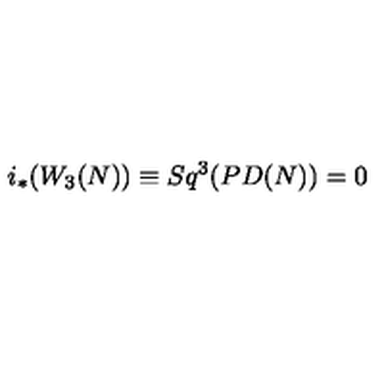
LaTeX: i _ { * } ( W _ { 3 } ( N ) ) \equiv S q ^ { 3 } ( P D ( N ) ) = 0